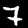
Label: 7